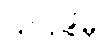
ပြင်သစ်မှ